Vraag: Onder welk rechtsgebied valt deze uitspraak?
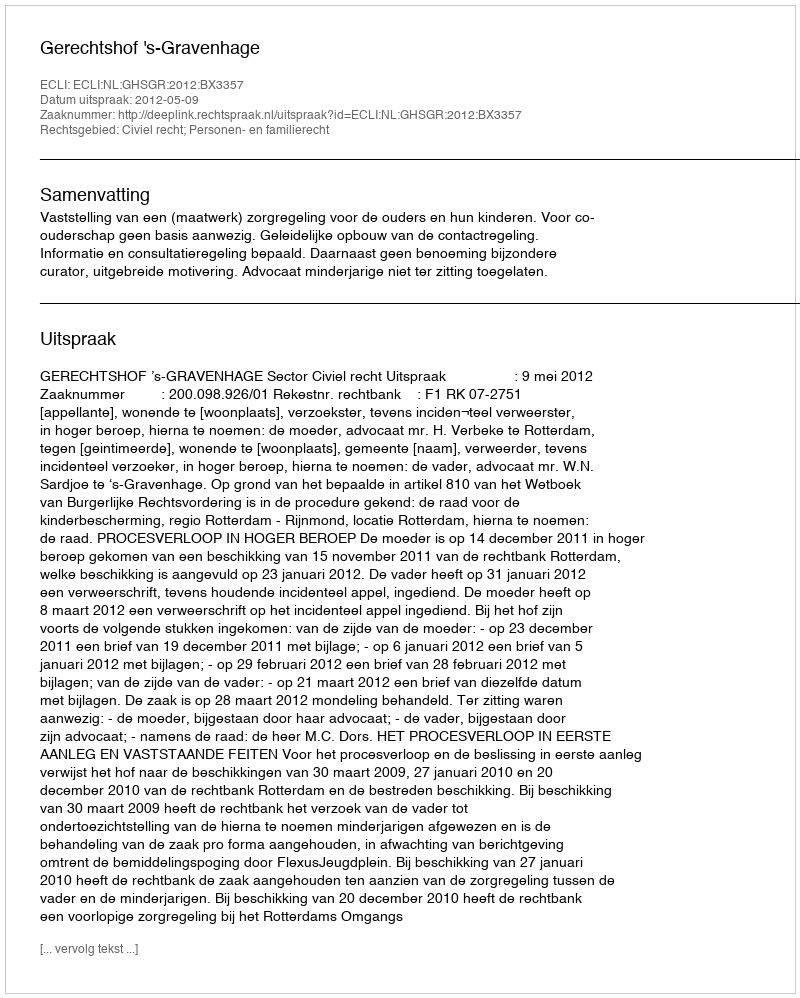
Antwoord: Civiel recht; Personen- en familierecht